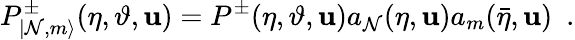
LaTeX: P_{|\mathcal{N},m\rangle}^{\pm}(\eta,\vartheta,\mathbf{u})=P^{\pm}(\eta,\vartheta,\mathbf{u})a_{\mathcal{N}}(\eta,\mathbf{u})a_{m}(\bar{{\eta}},\mathbf{u})\, \, \, .